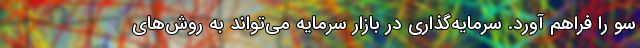
سو را فراهم آورد. سرمایه‌گذاری در بازار سرمایه می‌تواند به روش‌‌های